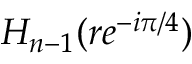
H _ { n - 1 } ( r e ^ { - i \pi / 4 } )